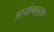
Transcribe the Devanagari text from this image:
आयोगानुसार